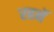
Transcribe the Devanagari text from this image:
रहनॅ